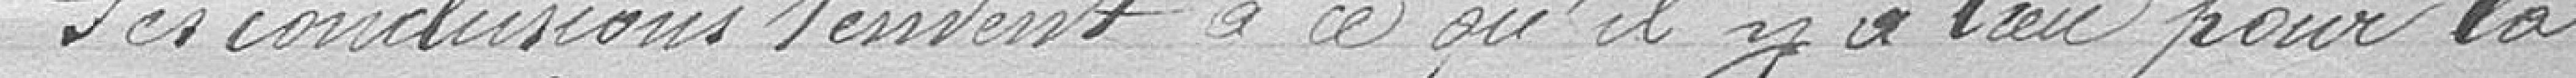
Ses conclusions tendent à ce qu'il y a lieu pour la